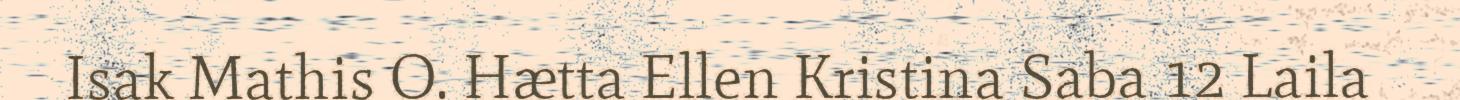
Isak Mathis O. Hætta Ellen Kristina Saba 12 Laila